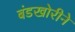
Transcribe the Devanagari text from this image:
बंडखोरीने